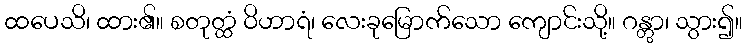
ထပေသိ၊ ထား၏။ စတုတ္ထံ ဝိဟာရံ၊ လေးခုမြောက်သော ကျောင်းသို့။ ဂန္တွာ၊ သွား၍။